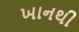
ખાનથી